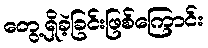
တွေ့ရှိခဲ့ခြင်းဖြစ်ကြောင်း